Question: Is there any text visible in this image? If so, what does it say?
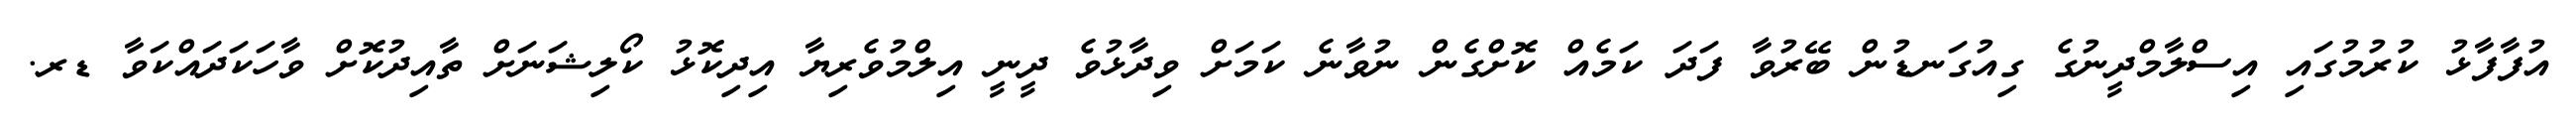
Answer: އުފާފާޅު ކުރުމުގައި އިސްލާމްދީނުގެ ގިއުގަނޑުން ބޭރުވާ ފަދަ ކަމެއް ކޮށްގެން ނުވާނެ ކަމަށް ވިދާޅުވެ ދީނީ އިލްމުވެރިޔާ އިދިކޮޅު ކޯލިޝަނަށް ތާއިދުކޮށް ވާހަކަދައްކަވާ ޑރ.